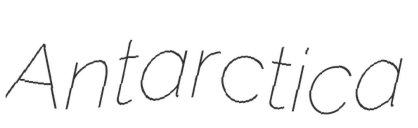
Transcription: Antarctica